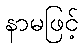
နာမဖြင့်